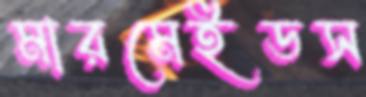
মারমেইডস